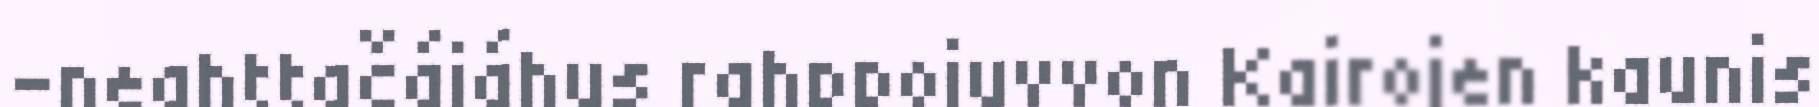
-neahttačájáhus rahppojuvvon Kairojen kaunis